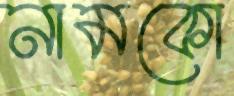
নামকো